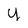
Character: u